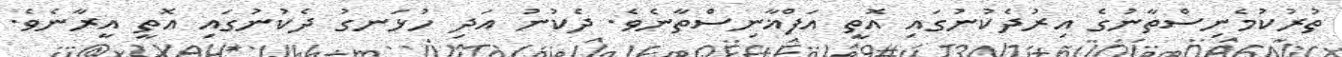
ތުރުކުމެނިސްތާނުގެ އިރުދެކުނުގައި އޮތީ އަފްޣާނިސްތާނެވެ. ދެކުނު އަދި ހުޅަނގު ދެކުނުގައި އޮތީ އީރާނެވެ.